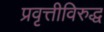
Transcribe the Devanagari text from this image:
प्रवृत्तीविरुद्ध